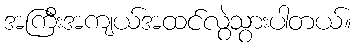
အကြီးအကျယ်အထင်လွဲသွားပါတယ်။